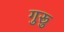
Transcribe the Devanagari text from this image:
गुरूु